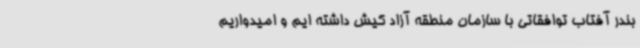
بندر آفتاب توافقاتی با سازمان منطقه آزاد کیش داشته ایم و امیدواریم